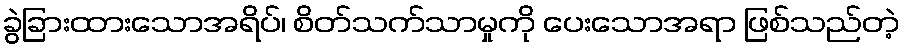
ခွဲခြားထားသောအရိပ်၊ စိတ်သက်သာမှုကို ပေးသောအရာ ဖြစ်သည်တဲ့